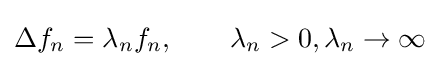
\Delta f_{n}=\lambda _{n}f_{n},\qquad \lambda _{n}>0,\lambda _{n}\to \infty